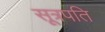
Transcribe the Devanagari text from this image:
सूत्रपति